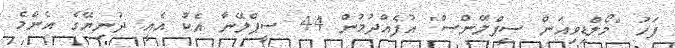
ފަހު "މޯލްޑިވިއަން ސީޕްލޭންސް" އުފެއްދުމުން 44 ސީޕްލޭނާ އެކު އެއީ ދުނިޔޭގެ އެންމެ